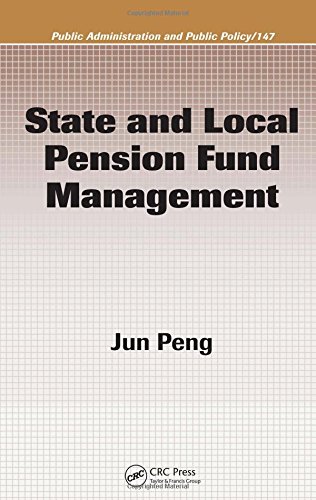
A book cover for State and Local Pension Fund Management (Public Administration and Public Policy); Jun Peng; Business & Money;